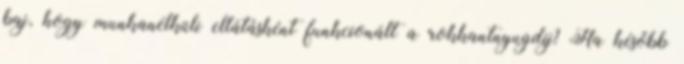
baj, hogy munkanélküli ellátásként funkcionált a rokkantnyugdíj? Ha később